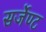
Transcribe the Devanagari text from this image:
सर्जेण्ट